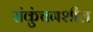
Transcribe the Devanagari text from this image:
संकुंचनशील